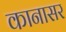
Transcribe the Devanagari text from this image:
कानासर